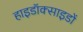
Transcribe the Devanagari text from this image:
हाइडॉक्साइडों